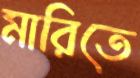
মারিতে